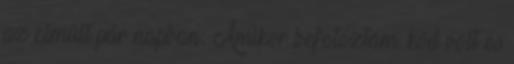
az elmúlt pár napban: Amikor befotóztam, köd volt és